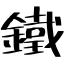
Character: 鐵